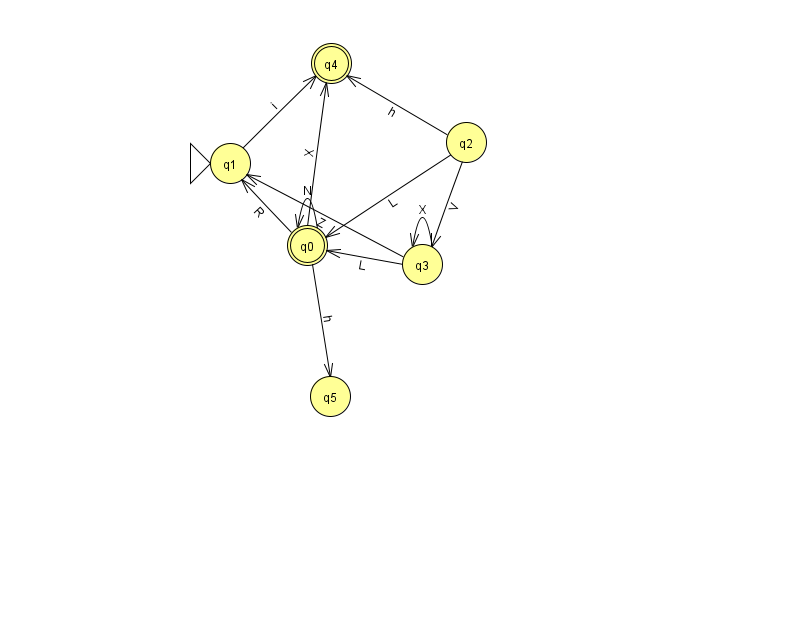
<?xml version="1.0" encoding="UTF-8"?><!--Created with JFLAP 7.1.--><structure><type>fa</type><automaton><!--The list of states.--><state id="0" name="q0"><x>307.0</x><y>232.0</y><final/></state><state id="1" name="q1"><x>230.0</x><y>150.0</y><initial/></state><state id="2" name="q2"><x>466.0</x><y>129.0</y></state><state id="3" name="q3"><x>422.0</x><y>251.0</y></state><state id="4" name="q4"><x>331.0</x><y>50.0</y><final/></state><state id="5" name="q5"><x>330.0</x><y>383.0</y></state><!--The list of transitions.--><transition><from>0</from><to>5</to><read>h</read></transition><transition><from>3</from><to>0</to><read>L</read></transition><transition><from>2</from><to>3</to><read>V</read></transition><transition><from>0</from><to>4</to><read>X</read></transition><transition><from>2</from><to>0</to><read>L</read></transition><transition><from>3</from><to>3</to><read>X</read></transition><transition><from>0</from><to>1</to><read>R</read></transition><transition><from>2</from><to>4</to><read>h</read></transition><transition><from>3</from><to>1</to><read>Z</read></transition><transition><from>0</from><to>0</to><read>N</read></transition><transition><from>1</from><to>4</to><read>i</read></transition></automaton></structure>